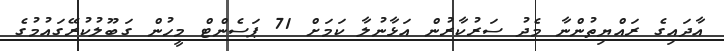
އާދައިގެ ރައްޔިތުންނާ މެދު ސަރުކާރުން އަޅާނުލާ ކަމަށް 71 ޕަސެންޓް މީހުން ގަބޫލުކުރޭގައުމުގެ